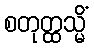
စတုတ္ထသ္မိံ